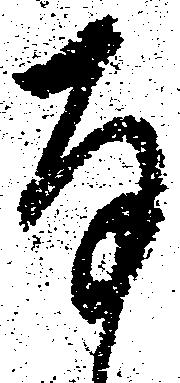
存